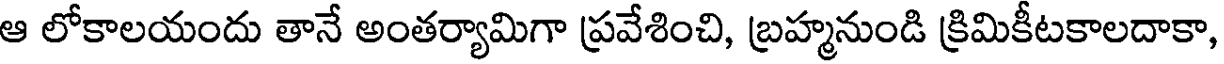
ఆ లోకాలయందు తానే అంతర్యామిగా ప్రవేశించి, బ్రహ్మనుండి క్రిమికీటకాలదాకా,